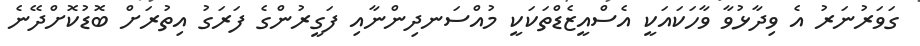
ގަވަރުނަރު އެ ވިދާޅުވާ ވާހަކައަކީ އެސްއީޒެޑްތަކަކީ މުއްސަނދިންނާއި ފަގީރުންގެ ފަރަގު އިތުރަށް ބޮޑުކޮށްދޭނެ